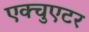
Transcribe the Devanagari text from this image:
एक्चुएटर